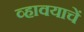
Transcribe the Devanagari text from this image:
व्हावयाचें